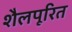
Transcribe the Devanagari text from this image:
शैलपूरित